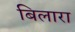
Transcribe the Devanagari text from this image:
बिलारा